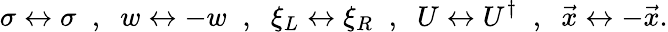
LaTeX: \sigma\leftrightarrow\sigma\; \; ,\; \; w\leftrightarrow-w\; \; ,\; \; \xi_{L}\leftrightarrow\xi_{R}\; \; ,\; \; U\leftrightarrow U^{\dagger}\; \; ,\; \; \vec{x}\leftrightarrow-\vec{x}.